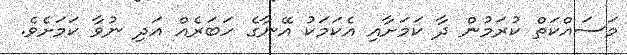
މަސައްކަތް ކުރަމުން ދާ ކަމަށާއި އެކަމަކު އޭނާގެ ހަބަރެއް އަދި ނުވާ ކަމަށެވެ.